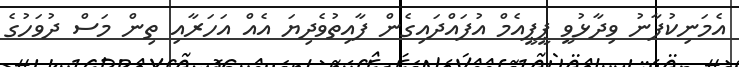
އެމަނިކުފާނު ވިދާޅުވީ ޕީޕީއެމް އުފައްދައިގެން ފާއިތުވެދިޔަ އެއް އަހަރާއި ތިން މަސް ދުވަހުގެ